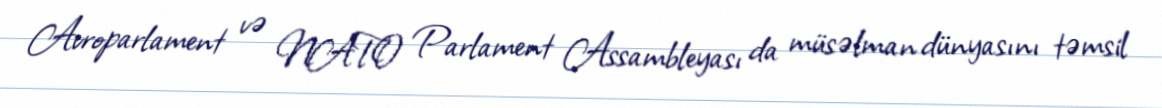
Avroparlament və NATO Parlament Assambleyası da müsəlman dünyasını təmsil